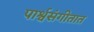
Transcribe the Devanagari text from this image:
पार्श्वसंगीतात